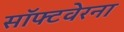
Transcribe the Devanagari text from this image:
सॉफ्टवेरना